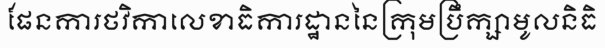
ផែនការថវិកាលេខាធិការដ្ឋាននៃក្រុមប្រឹក្សាមូលនិធិ